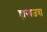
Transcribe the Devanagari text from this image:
हास्यजत्रा